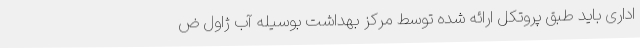
اداری باید طبق پروتکل ارائه شده توسط مرکز بهداشت بوسیله آب ژاول ض